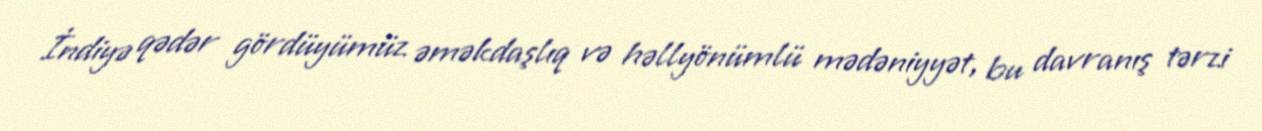
İndiyə qədər gördüyümüz əməkdaşlıq və həllyönümlü mədəniyyət, bu davranış tərzi